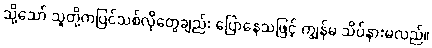
သို့သော် သူတို့ကပြင်သစ်လိုတွေချည်း ပြောနေသဖြင့် ကျွန်မ သိပ်နားမလည်။